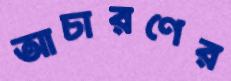
আচারণের